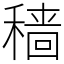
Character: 穑